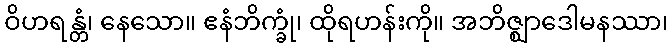
ဝိဟရန္တံ၊ နေသော။ ဧနံဘိက္ခုံ၊ ထိုရဟန်းကို။ အဘိဇ္ဈာဒေါမနဿာ၊